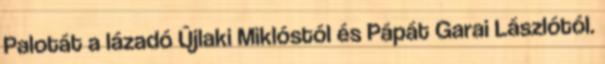
Palotát a lázadó Újlaki Miklóstól és Pápát Garai Lászlótól.